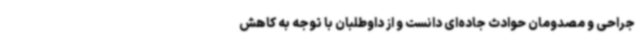
جراحی و مصدومان حوادث جاده‌ای دانست و از داوطلبان با توجه به کاهش